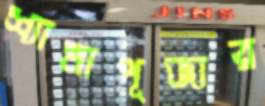
শ্যামাপূজার